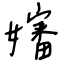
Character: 嬸